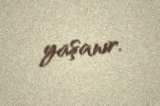
yaşanır.